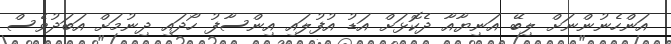
އަންހެނުންނަށް ލިބޭ އަނިޔާއާ ދެކޮޅަށް އަޑު އުފުލައި އިންސާފު ހޯދައި ދިނުމަށް އަބަދުވެސް